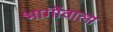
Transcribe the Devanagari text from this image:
भागोंवाला